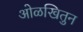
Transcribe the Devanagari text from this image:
ओळखितुन